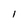
Character: l